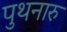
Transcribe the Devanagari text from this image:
पुथनारु